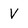
Character: V